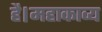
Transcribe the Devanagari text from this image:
है।महाकाव्य